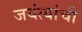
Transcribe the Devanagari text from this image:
जयंत्यांची